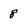
Character: 8